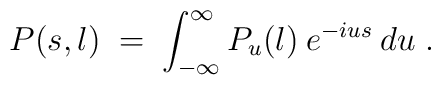
P(s,l) \;=\; \int_{-\infty}^\infty P_u(l) \:e^{-ius} \:du \;.